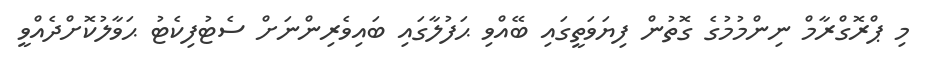
މި ޕްރޮގްރާމް ނިންމުމުގެ ގޮތުން ފިޔަވަތީގައި ބޭއްވި ޙަފުލާގައި ބައިވެރިންނަށް ސެޓުފިކެޓު ޙަވާލުކޮށްދެއްވީ